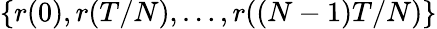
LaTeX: \{ r(0),r(T/N),\ldots,r((N-1)T/N)\}